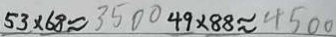
5 3 \times 6 8 \approx 3 5 0 0 4 9 \times 8 8 \approx 4 5 0 0